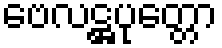
ဗေလဋ္ဌပုတ္တော